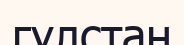
гүлстан